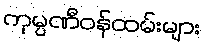
ကုမ္ပဏီဝန်ထမ်းများ